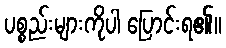
ပစ္စည်းများကိုပါ ပြောင်းရ၏။